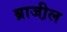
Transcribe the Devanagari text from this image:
ब्राजी़ल